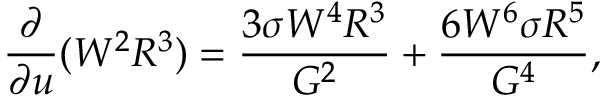
\frac { \partial } { \partial u } ( W ^ { 2 } R ^ { 3 } ) = \frac { 3 \sigma W ^ { 4 } R ^ { 3 } } { G ^ { 2 } } + \frac { 6 W ^ { 6 } \sigma R ^ { 5 } } { G ^ { 4 } } ,